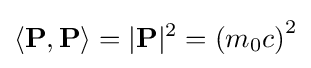
\left\langle \mathbf {P} ,\mathbf {P} \right\rangle =|\mathbf {P} |^{2}=\left(m_{0}c\right)^{2}